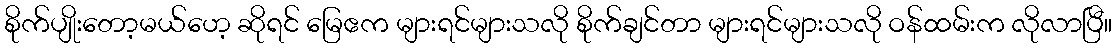
စိုက်ပျိုးတော့မယ်ဟေ့ ဆိုရင် မြေဧက များရင်များသလို စိုက်ချင်တာ များရင်များသလို ဝန်ထမ်းက လိုလာပြီ။